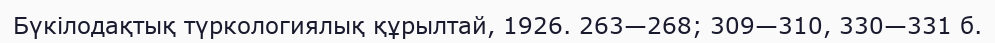
Бүкілодақтық түркологиялық құрылтай, 1926. 263—268; 309—310, 330—331 б.